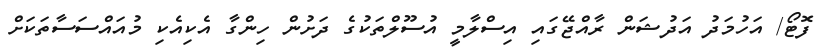
ފޮޓޯ/ އަހުމަދު އަދުޝަން ރާއްޖޭގައި އިސްލާމީ އުސޫލްތަކުގެ ދަށުން ހިންގާ އެކިއެކި މުއައްސަސާތަކަށް